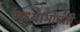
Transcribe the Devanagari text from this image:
मध्याभोवती